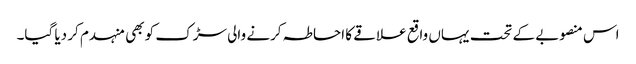
اس منصوبے کے تحت یہاں واقع علاقے کا احاطہ کرنے والی سڑک کو بھی منہدم کر دیا گیا۔